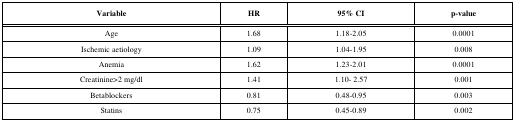
<table><thead><tr><td><b>Variable</b></td><td><b>HR</b></td><td><b>95% CI</b></td><td><b>p-value</b></td></tr></thead><tbody><tr><td>Age</td><td>1.68</td><td>1.18-2.05</td><td>0.0001</td></tr><tr><td>Ischemic aetiology</td><td>1.09</td><td>1.04-1.95</td><td>0.008</td></tr><tr><td>Anemia</td><td>1.62</td><td>1.23-2.01</td><td>0.0001</td></tr><tr><td>Creatinine&gt;2 mg/dl</td><td>1.41</td><td>1.10- 2.57</td><td>0.001</td></tr><tr><td>Betablockers</td><td>0.81</td><td>0.48-0.95</td><td>0.003</td></tr><tr><td>Statins</td><td>0.75</td><td>0.45-0.89</td><td>0.002</td></tr></tbody></table>